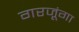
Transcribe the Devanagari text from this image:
गरजूंगा